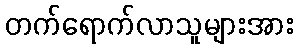
တက်ရောက်လာသူများအား